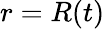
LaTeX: r=R(t)